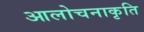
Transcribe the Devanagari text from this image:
आलोचनाकृति